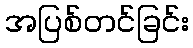
အပြစ်တင်ခြင်း